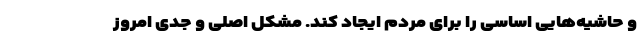
و حاشیه‌هایی اساسی را برای مردم ایجاد کند. مشکل اصلی و جدی امروز